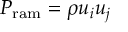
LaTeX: P _ { \mathrm { r a m } } = \rho u _ { i } u _ { j }